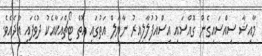
މާއިޝާ ސިއްސައިގެން ގޮއްސައި އިސްއުފުލާލިއިރު ނާޔަލް އަތުގައި އޮތް ޓޯޗްއަކާއެކު ދުވެފައި އާދެއެވެ.